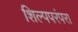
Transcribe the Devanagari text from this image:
शिल्पपरंपरा